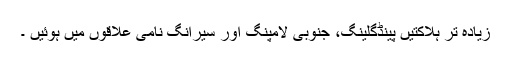
زیادہ تر ہلاکتیں پینڈگلینگ، جنوبی لامپنگ اور سیرانگ نامی علاقوں میں ہوئیں ۔